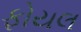
ફોયલ